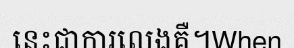
នេះជាការលេងគឺ។When